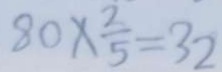
8 0 \times \frac { 2 } { 5 } = 3 2